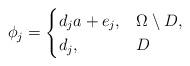
LaTeX: \begin{align*}\phi_j=\begin{cases}d_ja+e_j, & \Omega\setminus D,\\d_j, & D\end{cases}\end{align*}